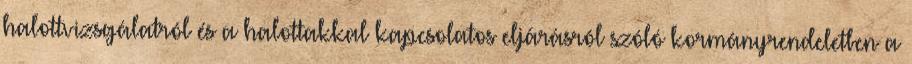
halottvizsgálatról és a halottakkal kapcsolatos eljárásról szóló kormányrendeletben a